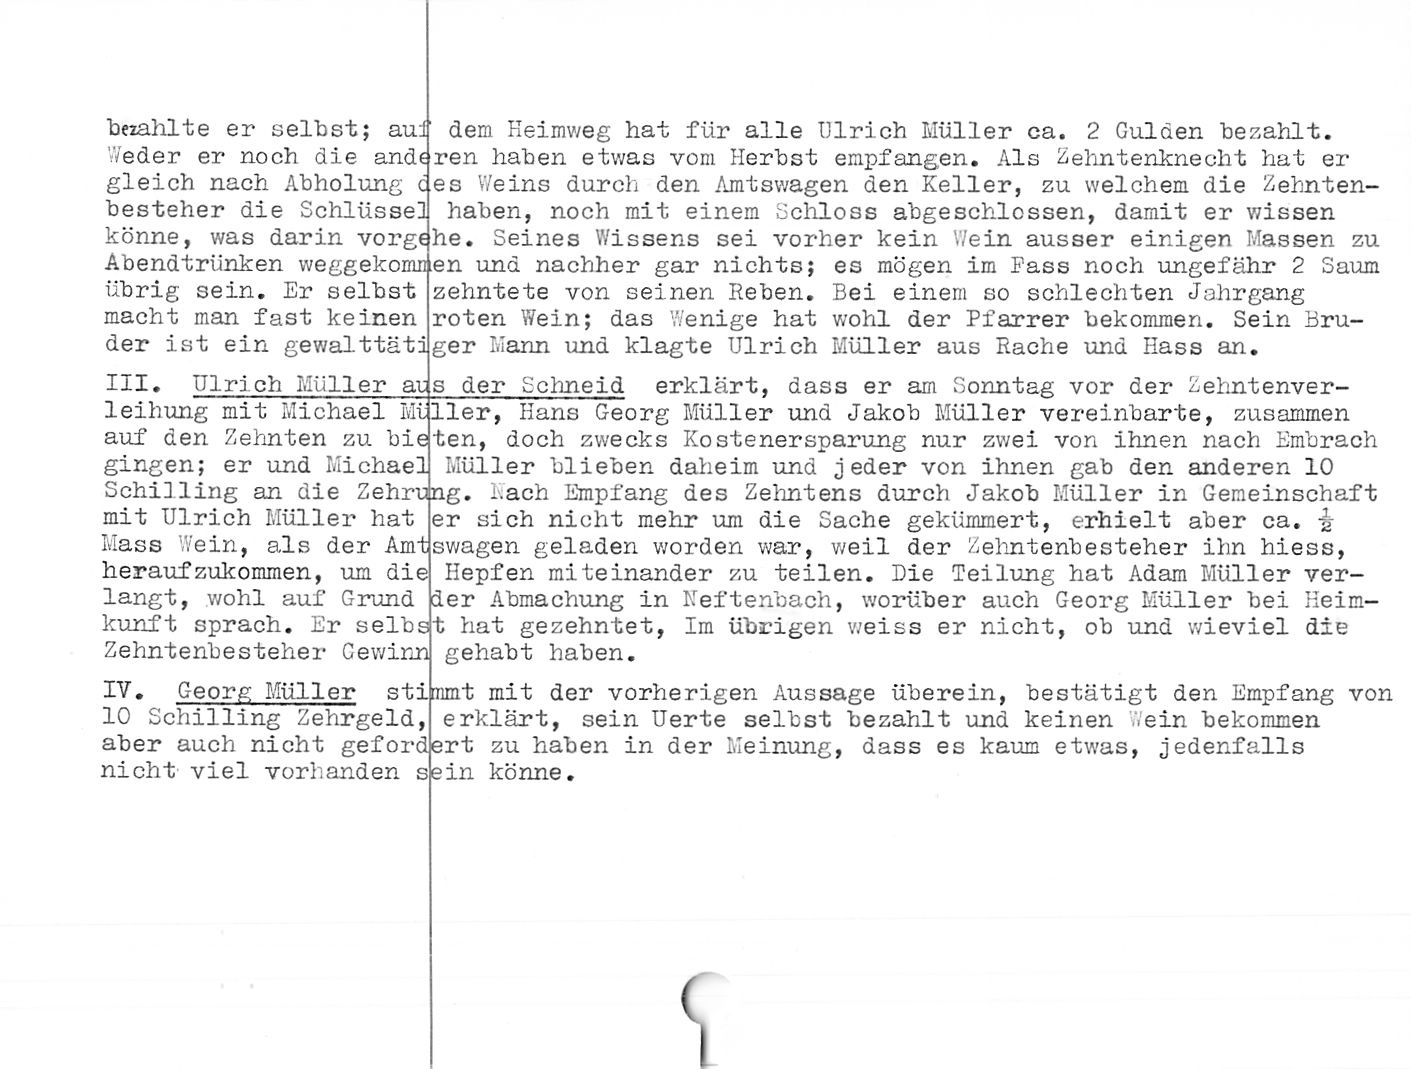
bezahlte er selbst; aui
Weder er noch die ande
gleich nach Abholung c
bestehen die Schlüsse]
könne, was darin vorg
Abendtrünken weggekomn
übrig sein. Er selbst
macht man fast keinen
der ist ein gewalttäti

III. Ulrich Müller ai;

leihung mit Michael Mt
auf den Zehnten zu bie
gingen; er und Michael
Schilling an die Zehruin
mit Ulrich Müller hat
Mass Wein, als der Amt
herauf zukommen, um die
langt, wohl auf Grund
kunft sprach. Er selbs
Zehntenbesteher Gewinn

dem Heimweg hat für alle Ulrich Müller ca. 2 Gulden bezahlt,
ren haben etwas vom Herbst empfangen. Als Zehntenknecht hat er
es Weins durch den Amtswagen den Keller, zu welchem die Zehnten¬
haben, noch mit einem Schloss abgeschlossen, damit er wissen
dhe. Seines Wissens sei vorher kein Wein ausser einigen Massen zu
en und nachher gar nichts; es mögen im Pass noch ungefähr 2 Saum
zehntete von seinen Reben. Bei einem so schlechten Jahrgang
roten Wein; das Wenige hat wohl der Pfarrer bekommen. Sein Bru-
ger Mann und klagte Ulrich Müller aus Rache und Hass an.

s der Schneid erklärt, dass er am Sonntag vor der Zehntenver-

IV. C-eorg Müller stimm
10 Schilling Zehrgeld,
aber auch nicht geford]e
nicht viel vorhanden

Her, Hans Georg Müller und Jakob Müller vereinbarte, zusammen
ten, doch zwecks Kostenersparung nur zwei von ihnen nach Embrach
Müller blieben daheim und jeder von ihnen gab den anderen 10
g. hach Empfang des Zehntens durch Jakob Müller in Gemeinschaft
er sich nicht mehr um die Sache gekümmert, erhielt aber ca.
swagen geladen worden war, weil der Zehntenbesteher ihn hiess,
Hepfen miteinander zu teilen. Die Teilung hat Adam Müller ver-
der Abmachung in Heften»ach, worüber auch Georg Müller bei Heim-
t hat gezehntet, Im übrigen weiss er nicht, ob und wieviel die
gehabt haben.

t mit der vorherigen Aussage überein, bestätigt den Empfang von
erklärt, sein Uerte selbst bezahlt und keinen Wein bekommen
rt zu haben in der Meinung, dass es kaum etwas, jedenfalls
ein könne.

(